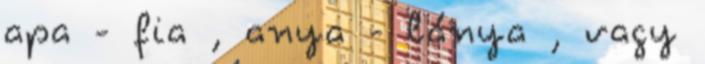
apa - fia , anya - lánya , vagy